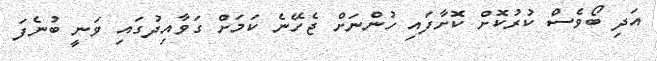
އަދި ބޯވެސް ކުރުކޮށް ކޮށާފައި ހުންނަށް ޖެހޭނެ ކަމަށް ގަވާއިދުގައި ވަނީ ބުނެފަ